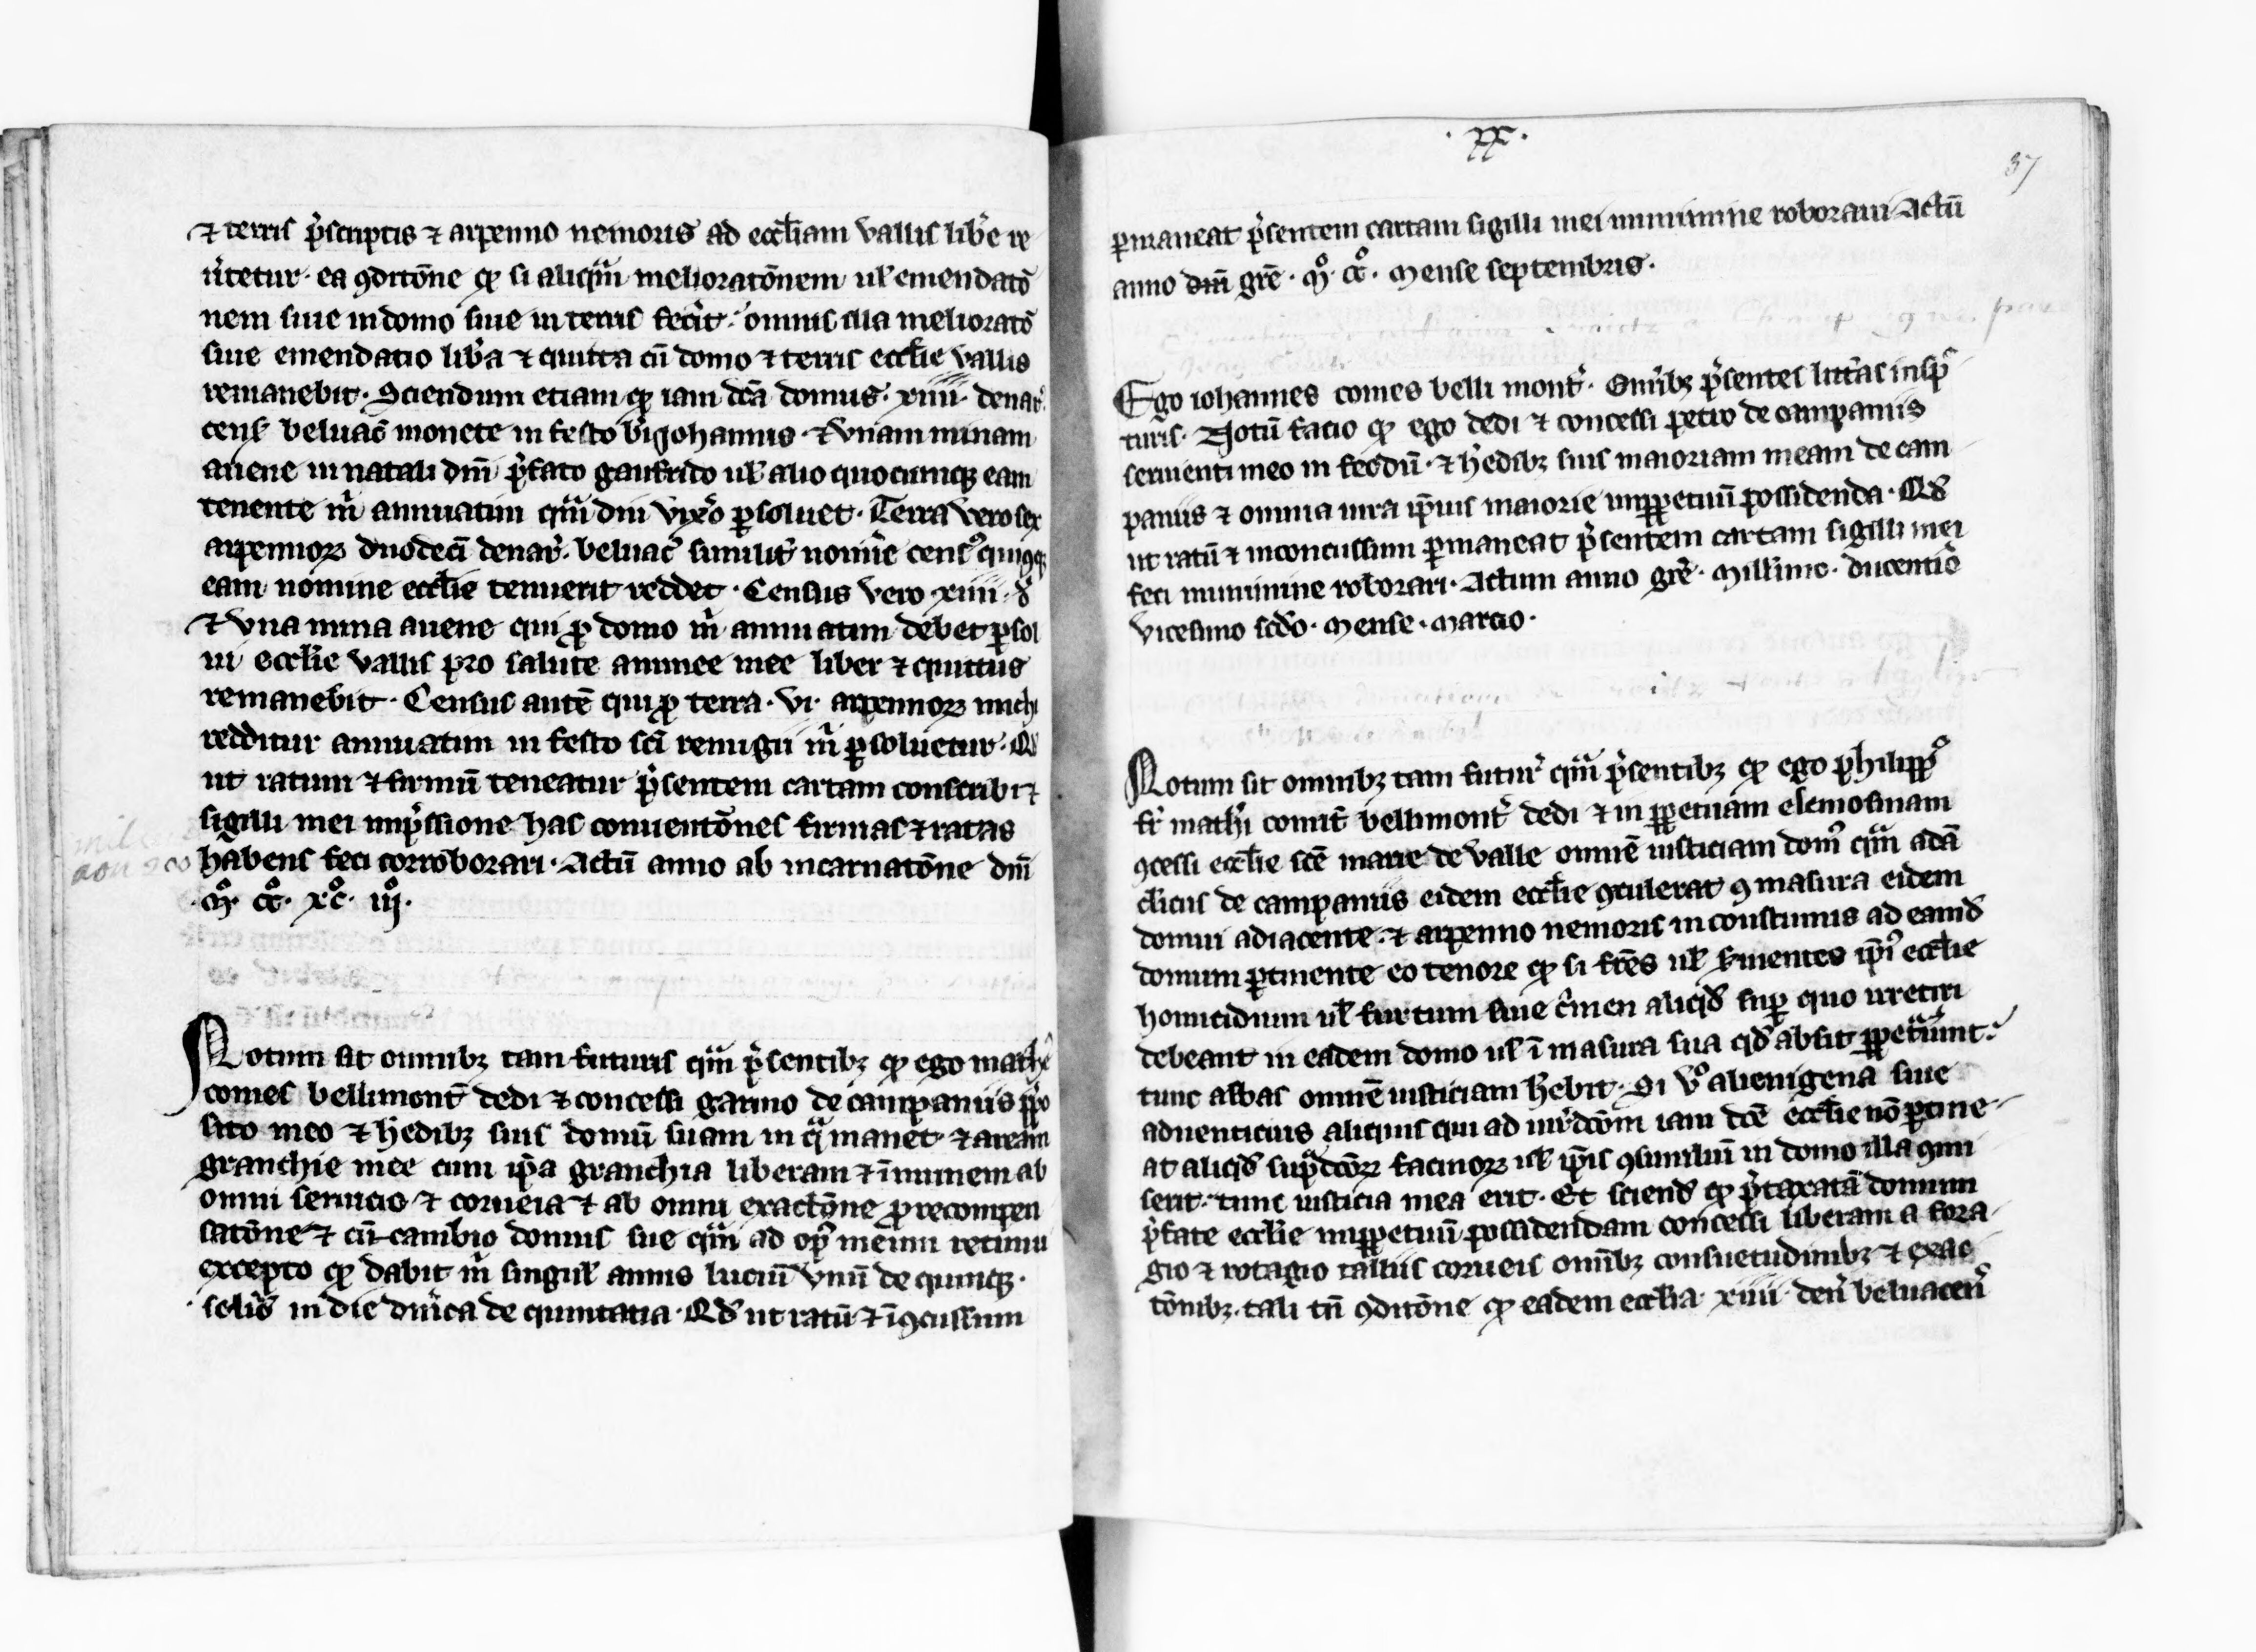
Shelfmark: Paris, BnF, lat. 5657
Century: 13